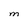
Character: M